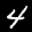
Label: 4